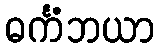
ဓင်္ကံဘယာ